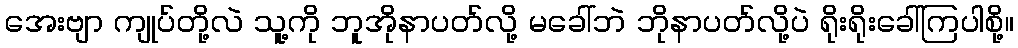
အေးဗျာ ကျုပ်တို့လဲ သူ့ကို ဘူအိုနာပတ်လို့ မခေါ်ဘဲ ဘိုနာပတ်လို့ပဲ ရိုးရိုးခေါ်ကြပါစို့။